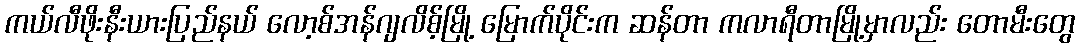
ကယ်လီဖိုးနီးယားပြည်နယ် လော့စ်အန်ဂျလိစ့်မြို့ မြောက်ပိုင်းက ဆန်တာ ကလာရီတာမြို့မှာလည်း တောမီးတွေ